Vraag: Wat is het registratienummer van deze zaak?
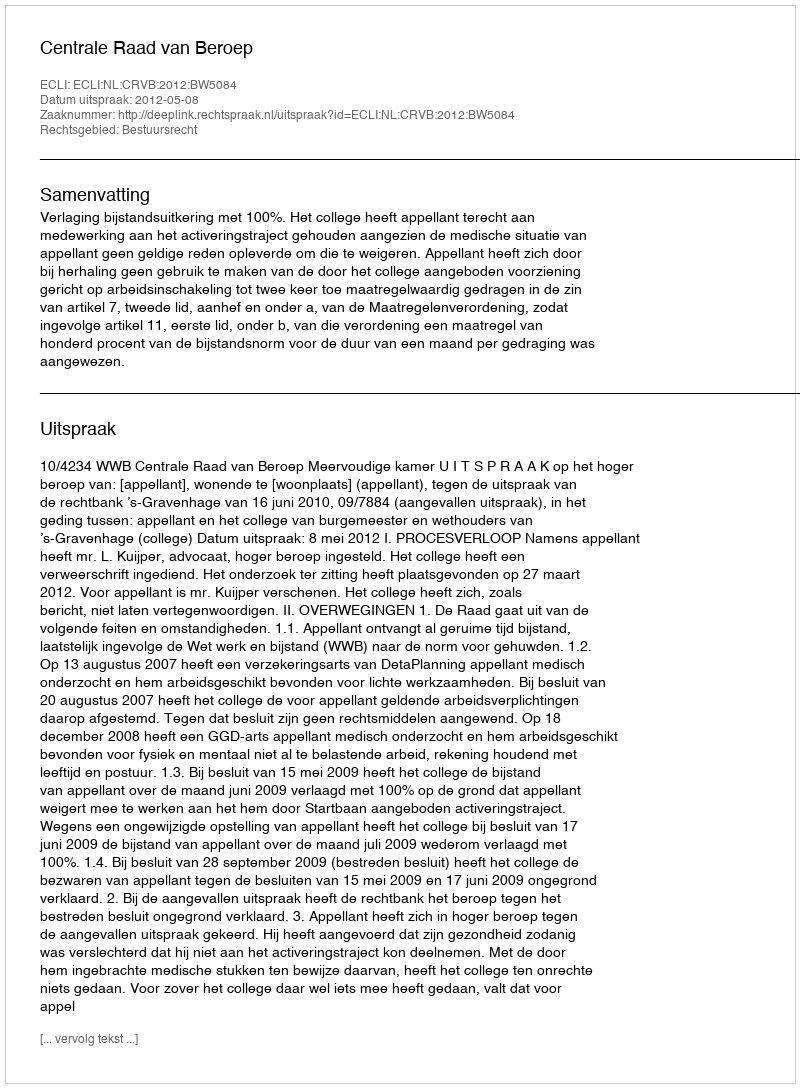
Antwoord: http://deeplink.rechtspraak.nl/uitspraak?id=ECLI:NL:CRVB:2012:BW5084